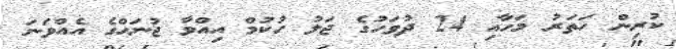
ކުރިން ހަތަރު މަހާއި 24 ދުވަހުގެ ޖަލު ހުކުމް އިއްވާ ޖުނަޙްގެ އެއްވަނަ